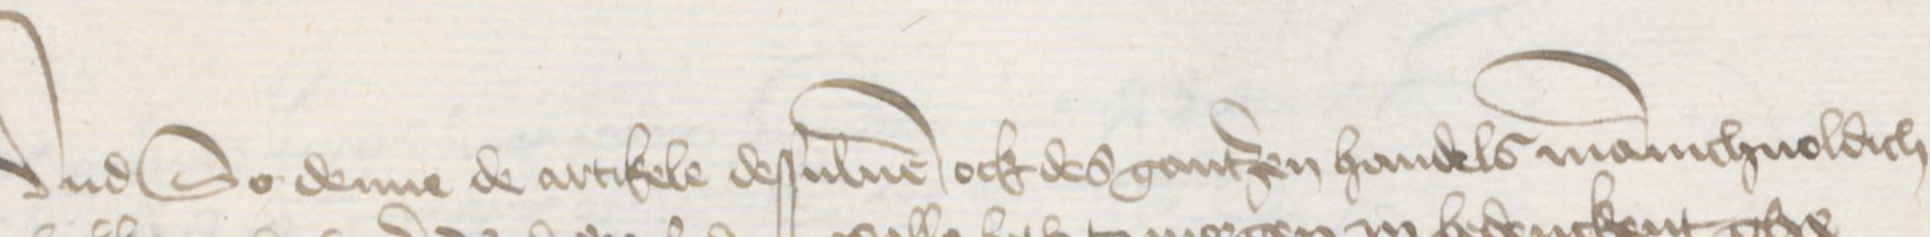
Vnd So denne de artikele desuluen ock des gantzen handels manichuoldich